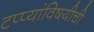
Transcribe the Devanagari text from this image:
टप्प्यांविषयीची